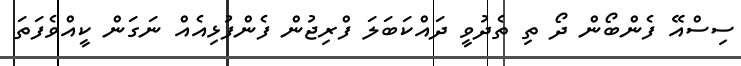
ސިސްއޭ ފެންބޯން ދޯ ތި ތެދުވީ ދައްކަބަލަ ފްރިޖުން ފެންފުޅިއެއް ނަގަން ކީއްވެފަތަ